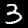
Label: 3